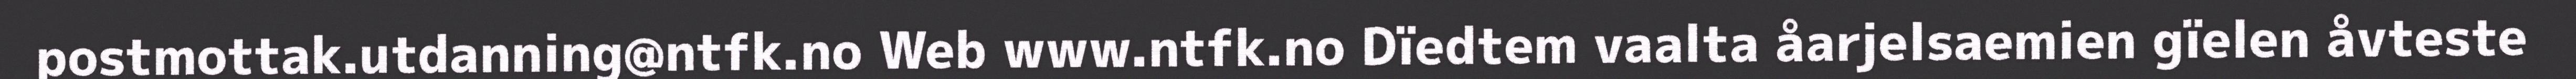
postmottak.utdanning@ntfk.no Web www.ntfk.no Dïedtem vaalta åarjelsaemien gïelen åvteste